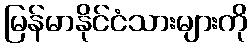
မြန်မာနိုင်ငံသားများကို